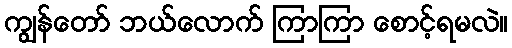
ကျွန်တော် ဘယ်လောက် ကြာကြာ စောင့်ရမလဲ။